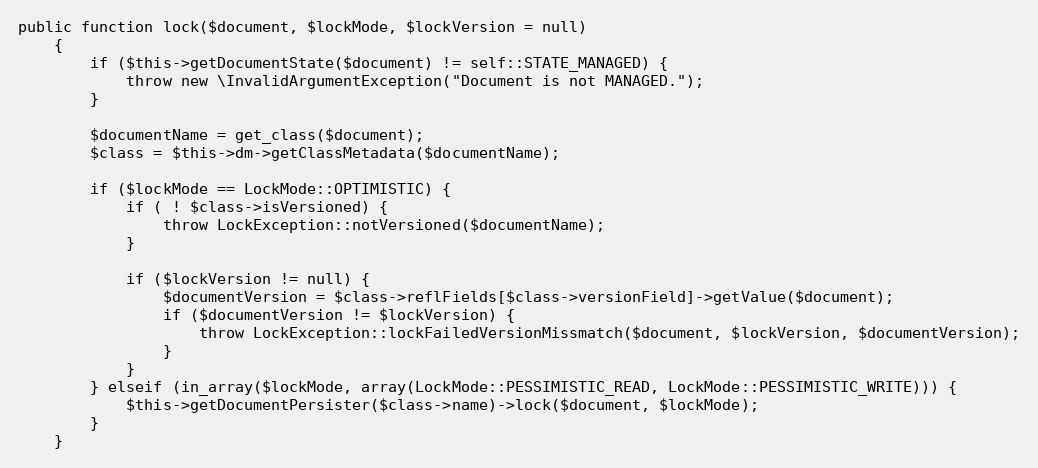
Language: PHP
public function lock($document, $lockMode, $lockVersion = null)
    {
        if ($this->getDocumentState($document) != self::STATE_MANAGED) {
            throw new \InvalidArgumentException("Document is not MANAGED.");
        }

        $documentName = get_class($document);
        $class = $this->dm->getClassMetadata($documentName);

        if ($lockMode == LockMode::OPTIMISTIC) {
            if ( ! $class->isVersioned) {
                throw LockException::notVersioned($documentName);
            }

            if ($lockVersion != null) {
                $documentVersion = $class->reflFields[$class->versionField]->getValue($document);
                if ($documentVersion != $lockVersion) {
                    throw LockException::lockFailedVersionMissmatch($document, $lockVersion, $documentVersion);
                }
            }
        } elseif (in_array($lockMode, array(LockMode::PESSIMISTIC_READ, LockMode::PESSIMISTIC_WRITE))) {
            $this->getDocumentPersister($class->name)->lock($document, $lockMode);
        }
    }